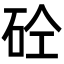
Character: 砼